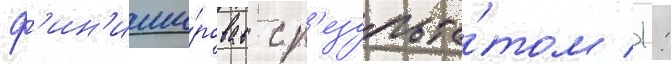
ф'ин'иши́ровав с р'езульта́том 1: